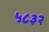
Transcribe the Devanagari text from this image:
५८३२